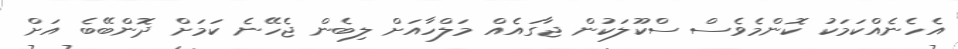
އެހެނެއްކަމަކު ކޮންމެވެސް ސްކޫލަކުން ޖާގައެއް މަލްހާއަށް ލިބެން ޖެހޭނެ ކަމަށް ދޮންބޭބެ އަށް